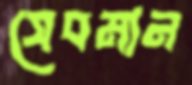
সেবমান